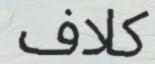
كلاف